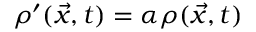
\rho ^ { \prime } ( \vec { x } , t ) = \alpha \rho ( \vec { x } , t )